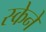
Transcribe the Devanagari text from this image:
स्केने